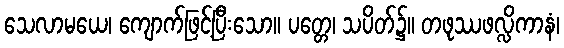
သေလာမယေ၊ ကျောက်ဖြင့်ပြီးသော။ ပတ္တေ၊ သပိတ်၌။ တဖုဿဖလ္လိကာနံ၊